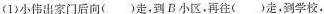
（1）小伟出家门后向（ ）走，到B小区，再往（ ）走，到学校，